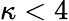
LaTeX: \kappa<4